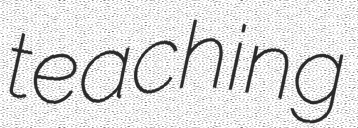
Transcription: teaching